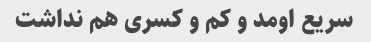
سریع اومد و کم و کسری هم نداشت